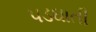
પડઘાતી